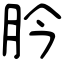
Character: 肣